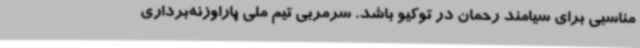
مناسبی برای سیامند رحمان در توکیو باشد. سرمربی تیم ملی پاراوزنه‌برداری